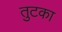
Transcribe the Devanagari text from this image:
तुटका